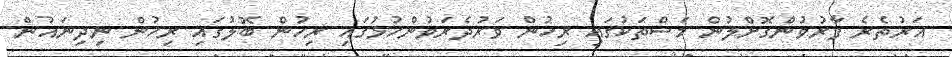
އަރުތެރެ ފާރުވުންގޮށްލުން މަސްތަކުގައި ރިހުން ވަރުދެރަވުންހުޅުގައި ރިހުން ބޮލުގައި ރިހުން ނިދިނައުން